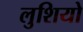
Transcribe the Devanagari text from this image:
लुशियो